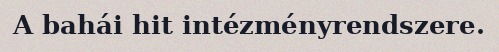
A bahái hit intézményrendszere.